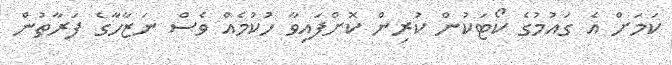
ކަމަށް އެ ގައުމުގެ ކޯޓަކުން ކުރިން ކޮށްފައިވާ ހުކުމެއް ވެސް ނަޒާހާގެ ފަރާތުން